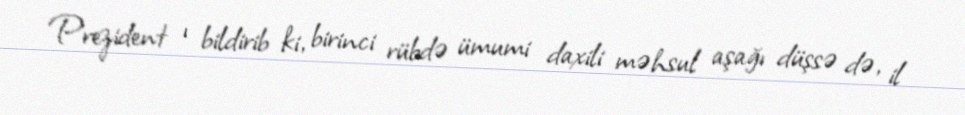
Prezident ı bildirib ki, birinci rübdə ümumi daxili məhsul aşağı düşsə də, il